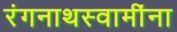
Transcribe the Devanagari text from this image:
रंगनाथस्वामींना